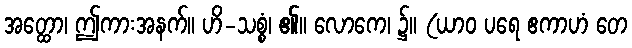
အတ္ထော၊ ဤကားအနက်။ ဟိ-သစ္စံ၊ ၏။ လောကေ၊ ၌။ (ယာဝ ပရေ ဧကာဟံ တေ